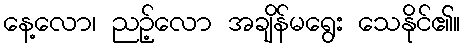
နေ့လော၊ ညဉ့်လော အချိန်မရွေး သေနိုင်၏။